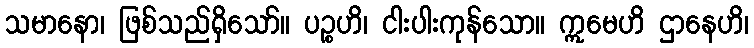
သမာနော၊ ဖြစ်သည်ရှိသော်။ ပဉ္စဟိ၊ ငါးပါးကုန်သော။ ဣမေဟိ ဌာနေဟိ၊